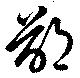
鄙